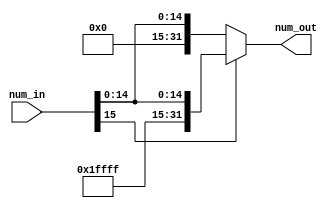
`timescale 1ns / 1ps
//////////////////////////////////////////////////////////////////////////////////
// Company: 
// Engineer: 
// 
// Design Name: 
// Module Name: Sign_Extension
// Project Name: 
// Target Devices: 
// Tool Versions: 
// Description: 
// 
// Dependencies: 
// 
// Revision:
// Revision 0.01 - File Created
// Additional Comments:
// 
//////////////////////////////////////////////////////////////////////////////////


module Sign_Extension(
    input [15:0] num_in,
    output reg [31:0] num_out
    );

    //Here, only the sign bit is left shifted while Twos complement notation properties are conserved
    always @(num_in)
    begin
        // If the sign is 1, just fill the most sigificant bits with 1s
        if (num_in[15]) num_out <= {16'hffff, num_in};
        
        // If the sign is 0, just fill the most sigificant bits with 0s
        else num_out <= {16'h0000, num_in};
    end
endmodule